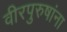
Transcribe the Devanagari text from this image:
वीरपुरुषांना